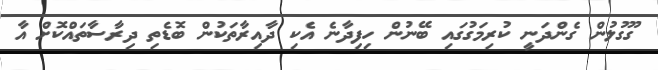
ގޫގުލުން ގެންދަނީ ކުރިމަގުގައި ބޭނުން ހިފިދާނެ އެކި ދާއިރާތަކުން ބޮޑެތި ދިރާސާތައްކޮށް އާ